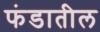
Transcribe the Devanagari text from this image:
फंडातील